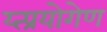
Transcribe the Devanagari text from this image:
य्त्प्रयोगेण